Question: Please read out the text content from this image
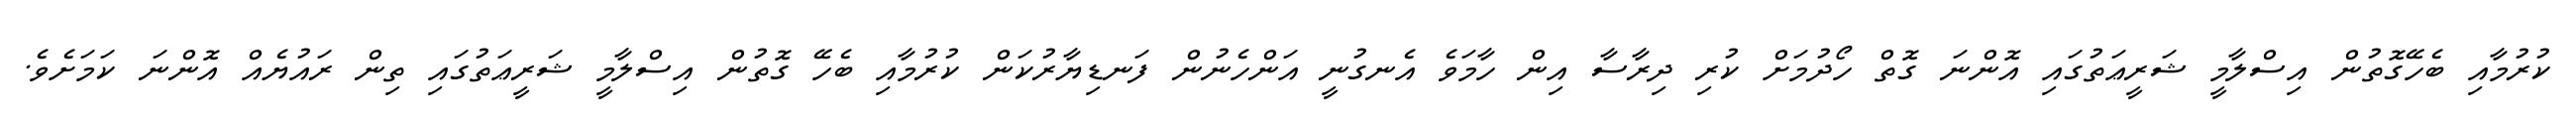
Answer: ކުރުމާއި ބެހޭގޮތުން އިސްލާމީ ޝަރީޢަތުގައި އޮންނަ ގޮތް ހޯދުމަށް ކުރި ދިރާސާ އިން ހާމަވެ އެނގުނީ އަންހެނުން ފަނޑިޔާރުކަން ކުރުމާއި ބެހޭ ގޮތުން އިސްލާމީ ޝަރީޢަތުގައި ތިން ރައުޔެއް އޮންނަ ކަމަށެވެ.